Annual report of lunatic asylums [Bombay] - 1912-1922
Year: 1912
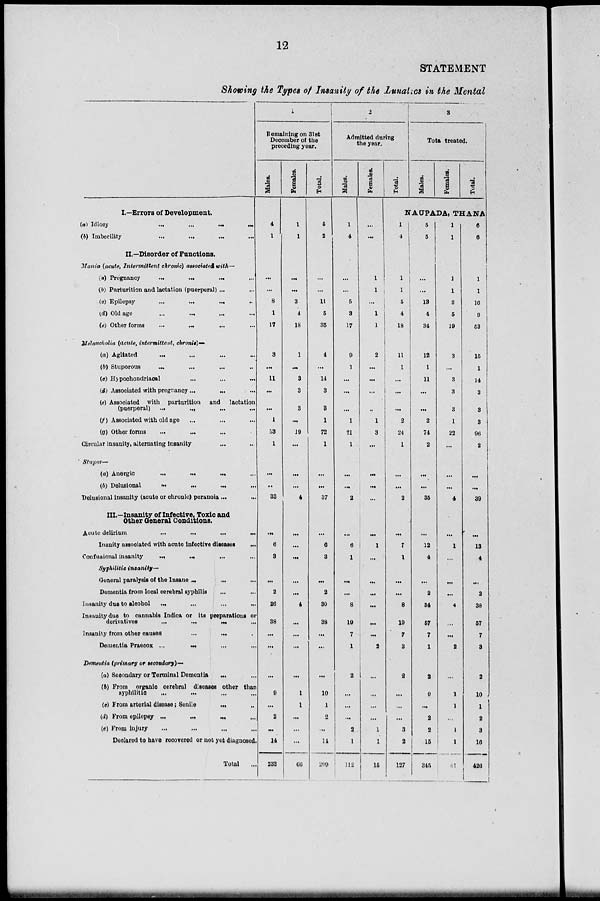
12
STATEMENT
Showing the Types of Insanity of the Lunatics in the Mental
I.—Errors of Development.
(a) Idiocy
...
...
... ...
(b) Imbecility ... ... ... ...
II.—Disorder of Functions.
Mania (acute, Intermittent, chronic) associated with—
(a) Pregnancy
...
...
...
...
(b) Parturition and lactation (puerperal) ... ...
(c) Epilepsy
...
... ... ...
(d) Old age ... ... ... ...
(e) Other forms
...
...
...
...
Melancholia (acute, intermittent, chronic)—
(a) Agitated
...
...
...
...
(b) Stuporous
...
...
... ...
(c) Hypochondriacal ... ... ...
(d) Associated with pregnancy ... ... ...
(e) Associated with parturition
and
lactation
(puerperal)
...
... ... ...
(f) Associated with old age ... ... ...
(g) Other forms ... ... ...
Circular insanity, alternating insanity ... ...
Stupor—
(a) Anergic
...
...
...
...
(b) Delusional
...
...
... ...
Delusional insanity (acute or chronic) peranoia ... ...
III.—Insanity of Infective, Toxic and
Other General Conditions.
Acute delirium ... ... ...
...
Inanity associated with acute infective diseases ...
Confusional insanity ... ... ... ...
Syphilitic
insanity—
General paralysis of the Insane ... ... ...
Dementia from local cerebral syphilis ... ...
Insanity due to alcohol
...
...
...
...
Insanity due to cannabis Indica or its preparations or
derivatives
...
... ... ...
Insanity from other causes
...
... ...
Dementia Praecox ... ... ... ...
Dementia (primary or secondary)—
(a) Secondary or Terminal Dementia ... ...
(b) From organic cerebral diseases other than
syphilitic ... ... ... ...
(c) From arterial disease; Senile
...
...
(d) From epilepsy ... ... ... ...
(e) From injury ... ... ... ...
Declared to have recovered or not yet diagnosed.
Total ...
1
Remaining on 31st
December of the
preceding year.
Males.
4
1
...
...
8
1
17
3
...
11
...
...
1
53
1
...
...
33
...
6
3
...
2
26
38
...
...
...
9
...
2
...
14
233
Females.
1
1
...
...
3
4
18
1
...
3
3
3
...
19
...
...
...
4
...
...
...
...
...
4
...
...
...
...
1
1
...
...
...
66
Total.
5
2
...
...
11
5
35
4
...
14
3
3
1
72
1
...
...
37
...
6
3
...
2
30
38
...
...
...
10
1
2
...
14
290
2
Admitted during
the year.
Males.
1
4
...
...
5
3
17
9
1
...
...
...
1
21
1
...
...
2
...
6
1
...
...
8
10
7
1
2
...
...
...
2
1
112
Females.
...
...
1
1
...
1
1
2
...
...
...
...
1
3
...
...
...
...
...
1
...
...
...
...
...
...
2
...
...
...
...
1
1
15
Total.
3
Tota treated.
Males.
Females.
Total.
NAUPADA, THANA
1
4
1
1
5
4
18
11
1
...
...
...
2
24
1
...
...
2
...
7
1
...
...
8
10
7
3
2
...
...
...
3
2
127
5
5
...
...
13
4
34
12
1
11
...
...
2
74
2
...
...
35
...
12
4
...
2
34
57
7
1
2
9
...
2
2
15
345
1
1
1
1
3
5
19
3
...
3
3
3
1
22
...
...
...
4
...
1
...
...
...
4
...
...
2
...
1
1
...
1
1
81
6
6
1
1
16
9
53
15
1
14
3
3
3
96
2
...
...
39
...
13
4
...
2
38
57
7
3
2
10
1
2
3
16
426